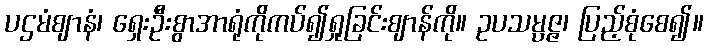
ပဌမံဈာနံ၊ ရှေးဦးစွာအာရုံကိုကပ်၍ရှုခြင်းဈာန်ကို။ ဥပသမ္ပဇ္ဇ၊ ပြည့်စုံစေ၍။